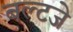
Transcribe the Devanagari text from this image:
बल्टजे